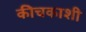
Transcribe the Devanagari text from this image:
कीचकाशी